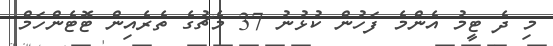
މި ދެ ޓީމު އެންމެ ފަހުން ކުޅުނު 37 މެޗުގެ ތެރެއިން ޓޮޓެންހަމް